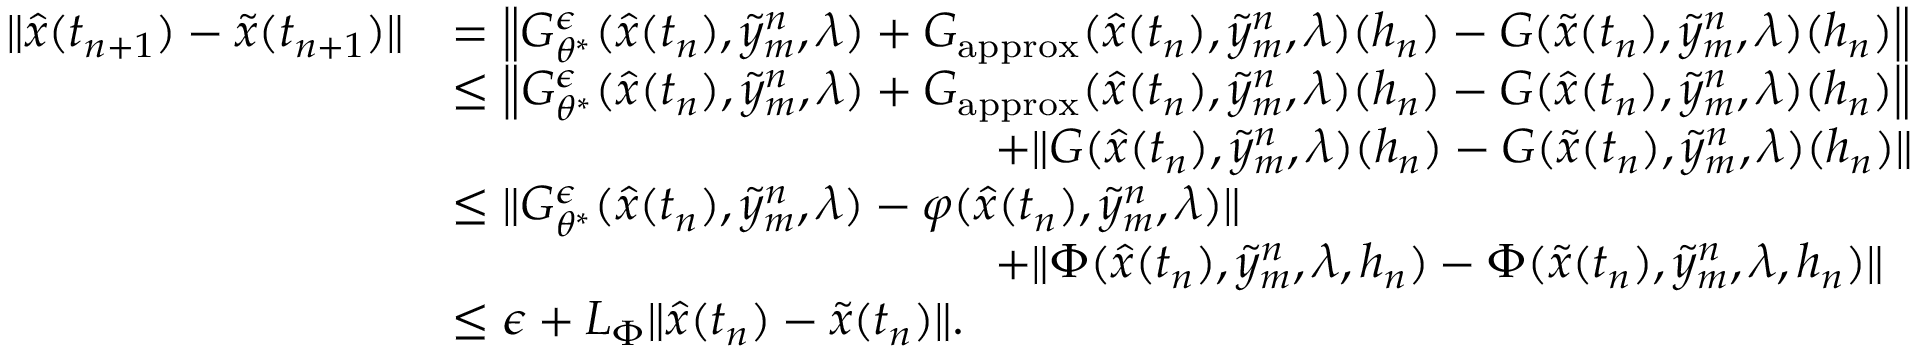
\begin{array} { r l } { \| \hat { x } ( t _ { n + 1 } ) - \tilde { x } ( t _ { n + 1 } ) \| } & { = \left\| G _ { \theta ^ { * } } ^ { \epsilon } ( \hat { x } ( t _ { n } ) , \tilde { y } _ { m } ^ { n } , \lambda ) + G _ { \mathrm { a p p r o x } } ( \hat { x } ( t _ { n } ) , \tilde { y } _ { m } ^ { n } , \lambda ) ( h _ { n } ) - G ( \tilde { x } ( t _ { n } ) , \tilde { y } _ { m } ^ { n } , \lambda ) ( h _ { n } ) \right\| } \\ & { \le \left\| G _ { \theta ^ { * } } ^ { \epsilon } ( \hat { x } ( t _ { n } ) , \tilde { y } _ { m } ^ { n } , \lambda ) + G _ { \mathrm { a p p r o x } } ( \hat { x } ( t _ { n } ) , \tilde { y } _ { m } ^ { n } , \lambda ) ( h _ { n } ) - G ( \hat { x } ( t _ { n } ) , \tilde { y } _ { m } ^ { n } , \lambda ) ( h _ { n } ) \right\| } \\ & { \qquad ~ \qquad ~ \qquad ~ \qquad ~ \qquad + \| G ( \hat { x } ( t _ { n } ) , \tilde { y } _ { m } ^ { n } , \lambda ) ( h _ { n } ) - G ( \tilde { x } ( t _ { n } ) , \tilde { y } _ { m } ^ { n } , \lambda ) ( h _ { n } ) \| } \\ & { \le \| G _ { \theta ^ { * } } ^ { \epsilon } ( \hat { x } ( t _ { n } ) , \tilde { y } _ { m } ^ { n } , \lambda ) - \varphi ( \hat { x } ( t _ { n } ) , \tilde { y } _ { m } ^ { n } , \lambda ) \| } \\ & { \qquad ~ \qquad ~ \qquad ~ \qquad ~ \qquad + \| \Phi ( \hat { x } ( t _ { n } ) , \tilde { y } _ { m } ^ { n } , \lambda , h _ { n } ) - \Phi ( \tilde { x } ( t _ { n } ) , \tilde { y } _ { m } ^ { n } , \lambda , h _ { n } ) \| } \\ & { \le \epsilon + L _ { \Phi } \| \hat { x } ( t _ { n } ) - \tilde { x } ( t _ { n } ) \| . } \end{array}